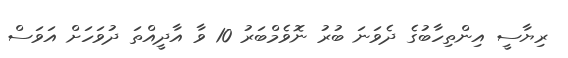
ރިޔާސީ އިންތިހާބުގެ ދެވަނަ ބުރު ނޮވެމްބަރު 10 ވާ އާދީއްތަ ދުވަހަށް އަވަސް